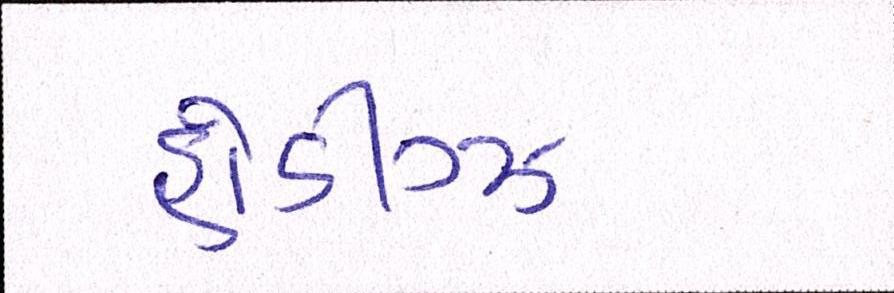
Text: હોડીગ્ઝ